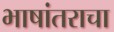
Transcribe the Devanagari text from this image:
भाषांतराचा